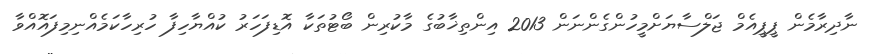
ނާދިރާމެން ޕީޕީއެމް ޖަލްސާޔަށްމީހުންގެންނަން 2013 އިންތިޚާބުގެ މާކުރިން ބޯޓުތަކާ އޮޑިފަހަރު ކުއްޔާހިފާ ހުރިހާކަމެއްނިމިފައޮއްވާ